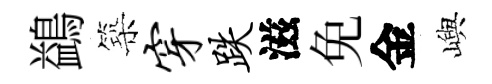
鷁築穿跌滋免金嶼